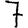
Digit: 7